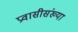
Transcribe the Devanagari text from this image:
प्रवासीसंख्या